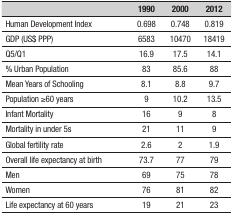
<table><thead><tr><td><b> </b></td><td><b>1990</b></td><td><b>2000</b></td><td><b>2012</b></td></tr></thead><tbody><tr><td>Human Development Index</td><td>0.698</td><td>0.748</td><td>0.819</td></tr><tr><td>GDP (US$ PPP)</td><td>6583</td><td>10470</td><td>18419</td></tr><tr><td>Q5/Q1</td><td>16.9</td><td>17.5</td><td>14.1</td></tr><tr><td>% Urban Population</td><td>83</td><td>85.6</td><td>88</td></tr><tr><td>Mean Years of Schooling</td><td>8.1</td><td>8.8</td><td>9.7</td></tr><tr><td>Population ≥60 years</td><td>9</td><td>10.2</td><td>13.5</td></tr><tr><td>Infant Mortality</td><td>16</td><td>9</td><td>8</td></tr><tr><td>Mortality in under 5s</td><td>21</td><td>11</td><td>9</td></tr><tr><td>Global fertility rate</td><td>2.6</td><td>2</td><td>1.9</td></tr><tr><td>Overall life expectancy at birth</td><td>73.7</td><td>77</td><td>79</td></tr><tr><td>Men</td><td>69</td><td>75</td><td>78</td></tr><tr><td>Women</td><td>76</td><td>81</td><td>82</td></tr><tr><td>Life expectancy at 60 years</td><td>19</td><td>21</td><td>23</td></tr></tbody></table>